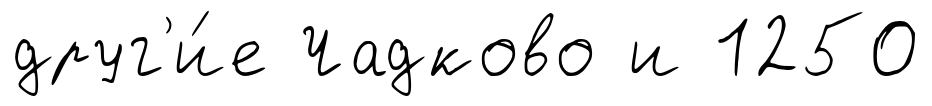
друг'и́е Чадково и 1250